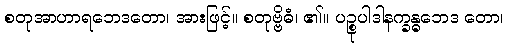
စတုအာဟာရဘေဒတော၊ အားဖြင့်။ စတုဗ္ဗိဓံ၊ ၏။ ပဉ္စုပါဒါနက္ခန္ဓဘေဒ တော၊